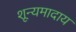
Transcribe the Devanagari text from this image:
शून्यमादाय